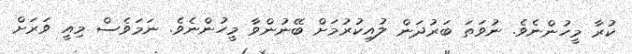
ކުރާ މީހުންނެވެ. ނުވަތަ ބަރުދަން ލުއިކުރުމަށް ބޭނުންވާ މީހުންނެވެ. ނަމަވެސް މިއީ ވަރަށް